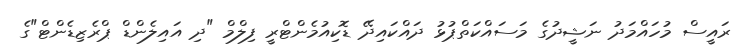
ރައީސް މުހައްމަދު ނަޝީދުގެ މަސައްކަތްޕުޅު ދައްކައިދޭ ޑޮކިއުމެންޓްރީ ފިލްމް "ދި އައިލެންޑް ޕްރެޒިޑެންޓް"ގެ